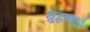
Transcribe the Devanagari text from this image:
यु्द्धचातुर्य